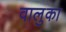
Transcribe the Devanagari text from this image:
वालुका